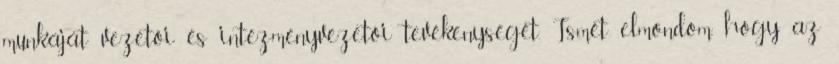
munkáját vezetői és intézményvezetői tevékenységét. Ismét elmondom, hogy az